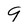
Character: 9